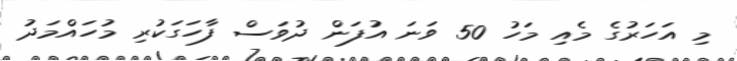
މި އަހަރުގެ މެއި މަހު 50 ވަނަ އުފަން ދުވަސް ފާހަަގަކުރި މުހައްމަދު